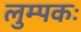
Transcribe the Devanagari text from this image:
लुम्पकः